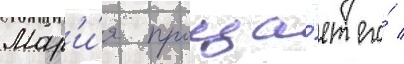
Мар'и́я проща́ет его́ /